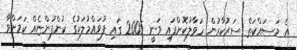
އެ މަސައްކަތް ސަރުކާރުން ހަވާލުކޮށްފައި ވަނީ 2005 ގައި ފުވައްމުލަކުގެ ކުންފުންޏެއް ކަމަށްވާ